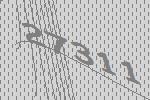
27311